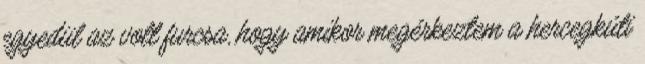
egyedül az volt furcsa, hogy amikor megérkeztem a hercegkúti